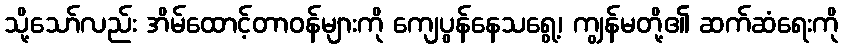
သို့သော်လည်း အိမ်ထောင့်တာဝန်များကို ကျေပွန်နေသရွေ့၊ ကျွန်မတို့၏ ဆက်ဆံရေးကို